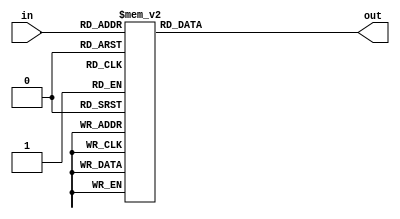
module hexdigit (
    input [3:0] in,
    output reg [6:0] out
    );

    always @(*) begin
      case (in)
      4'h0: out = 7'b1000000;
      4'h1: out = 7'b1111001;
      4'h2: out = 7'b0100100;
      4'h3: out = 7'b0110000;
      4'h4: out = 7'b0011001;
      4'h5: out = 7'b0010010;
      4'h6: out = 7'b0000010;
      4'h7: out = 7'b1111000;
      4'h8: out = 7'b0000000;
      4'h9: out = 7'b0010000;
      4'ha: out = 7'b0001000;
      4'hb: out = 7'b0000011;
      4'hc: out = 7'b1000110;
      4'hd: out = 7'b0100001;
      4'he: out = 7'b0000110;
      4'hf: out = 7'b0001110;
      endcase
   end
endmodule